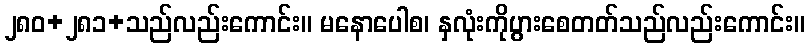
၂၈၀+၂၈၁+သည်လည်းကောင်း။ မနောပေါစ၊ နှလုံးကိုပွားစေတတ်သည်လည်းကောင်း။